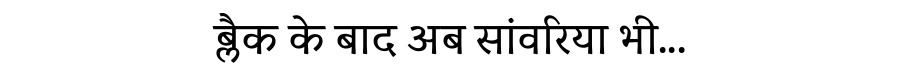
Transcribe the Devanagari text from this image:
ब्लैक के बाद अब सांवरिया भी...